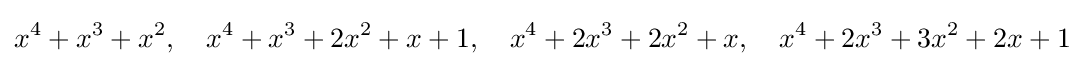
x^{4}+x^{3}+x^{2},\quad x^{4}+x^{3}+2x^{2}+x+1,\quad x^{4}+2x^{3}+2x^{2}+x,\quad x^{4}+2x^{3}+3x^{2}+2x+1